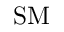
\mathrm { S M }